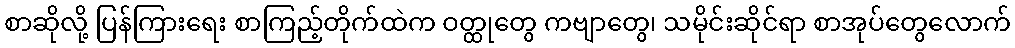
စာဆိုလို့ ပြန်ကြားရေး စာကြည့်တိုက်ထဲက ဝတ္ထုတွေ ကဗျာတွေ၊ သမိုင်းဆိုင်ရာ စာအုပ်တွေလောက်